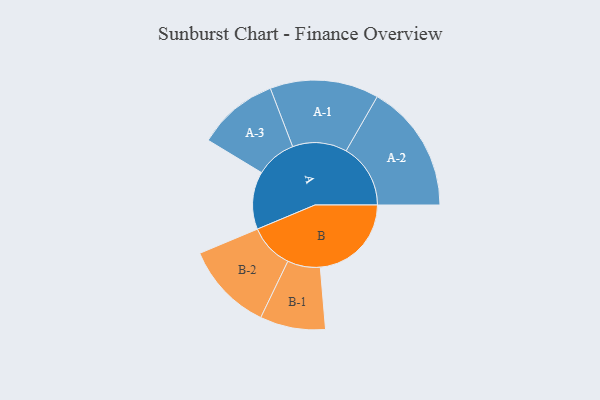
{"axis": {"x": "Segment", "y": "Value"}, "legend": ["", "A", "B"], "data": [{"x": "A", "y": 261, "type": ""}, {"x": "B", "y": 412, "type": ""}, {"x": "A-1", "y": 246, "type": "A"}, {"x": "A-2", "y": 291, "type": "A"}, {"x": "A-3", "y": 183, "type": "A"}, {"x": "B-1", "y": 148, "type": "B"}, {"x": "B-2", "y": 201, "type": "B"}]}